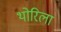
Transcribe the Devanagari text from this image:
थोरिला